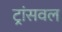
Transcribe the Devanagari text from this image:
ट्रांसवल